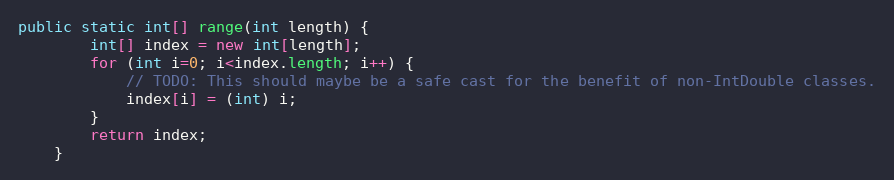
Language: Java
public static int[] range(int length) {
        int[] index = new int[length];
        for (int i=0; i<index.length; i++) {
            // TODO: This should maybe be a safe cast for the benefit of non-IntDouble classes.
            index[i] = (int) i;
        }
        return index;
    }